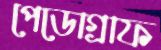
পেডোগ্রাফ